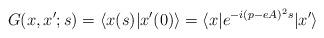
LaTeX: \begin{align*}G(x,x';s)=\langle x(s)|x'(0)\rangle = \langle x|e^{-i (p-eA)^{2} s}|x'\rangle\end{align*}